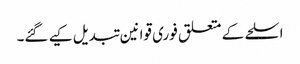
اسلحے کے متعلق فوری قوانین تبدیل کیے گئے۔